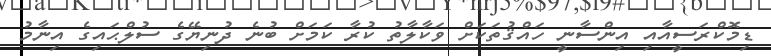
ޑިމޮކްރަސީއާއި އިންސާނީ ހައްޤުތަކަށް ވަކާލާތު ކުރާ ކަމަށް ބުނެ ދުނިޔޭގެ ސުލްޙައިގެ އިނާމު